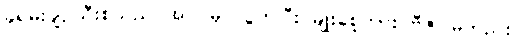
ခရမ်းချဉ်သီးစသည် အပင်မှ လွတ်ပြီး မျိုးစေ့ကား ဗီဇဂါမ်တည်း။